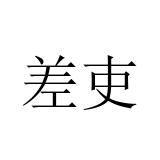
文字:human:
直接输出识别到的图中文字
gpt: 差吏